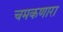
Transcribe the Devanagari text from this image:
चमकणारा